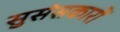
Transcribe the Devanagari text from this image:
सुसंसकारों